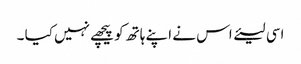
اسی لیئے اس نے اپنے ہاتھ کو پیچھے نہیں کیا ۔